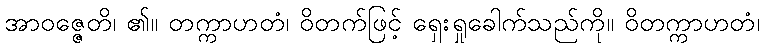
အာဝဇ္ဇေတိ၊ ၏။ တက္ကာဟတံ၊ ဝိတက်ဖြင့် ရှေးရှုခေါက်သည်ကို။ ဝိတက္ကာဟတံ၊